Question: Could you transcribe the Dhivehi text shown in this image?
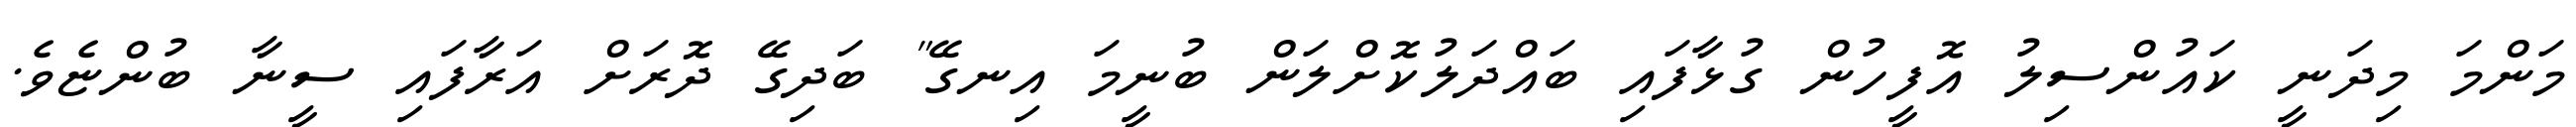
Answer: މަންމަ މިދަނީ ކައުންސިލު އޮފީހުން ގުޅާފައި ބައްދަލުކޮށްލަން ބުނީމަ އިނގޭ" ބަދިގޭ ދޮރަށް އަރާފައި ސީނާ ބުންޏެވެ.